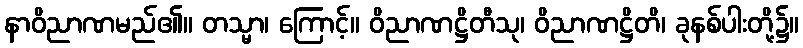
နာဝိညာဏမည်၏။ တသ္မာ၊ ကြောင့်။ ဝိညာဏဋ္ဌိတီသု၊ ဝိညာဏဋ္ဌိတိ၊ ခုနစ်ပါးတို့၌။